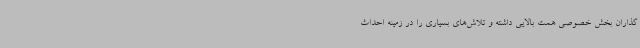
گذاران بخش خصوصی همت بالایی داشته و تلاش‌های بسیاری را در زمینه احداث